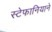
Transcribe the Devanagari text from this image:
स्टेफानियाने